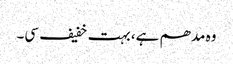
وہ مدھم ہے، بہت خفیف سی۔